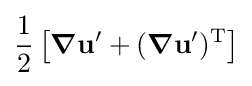
{\frac {1}{2}}\left[{\boldsymbol {\nabla }}\mathbf {u} '+({\boldsymbol {\nabla }}\mathbf {u} ')^{\mathrm {T} }\right]